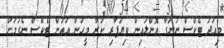
މިއަދު ޓެކްސް ނުނަގާ އޮންލައިން ވިޔަފާރި ކުރާ މީހުން އަތުން ޓެކްސް ނެގުމަށް